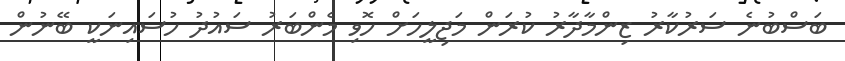
ބަސްބުނެ ސަރުކާރު ޒިންމާދާރު ކުރަން މަޖިލީހަށް ހޮވި މެންބަރު ސައުދު ހުސައިނަކީ ބޭނުން